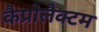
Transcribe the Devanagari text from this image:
कैप्रोलैक्टम